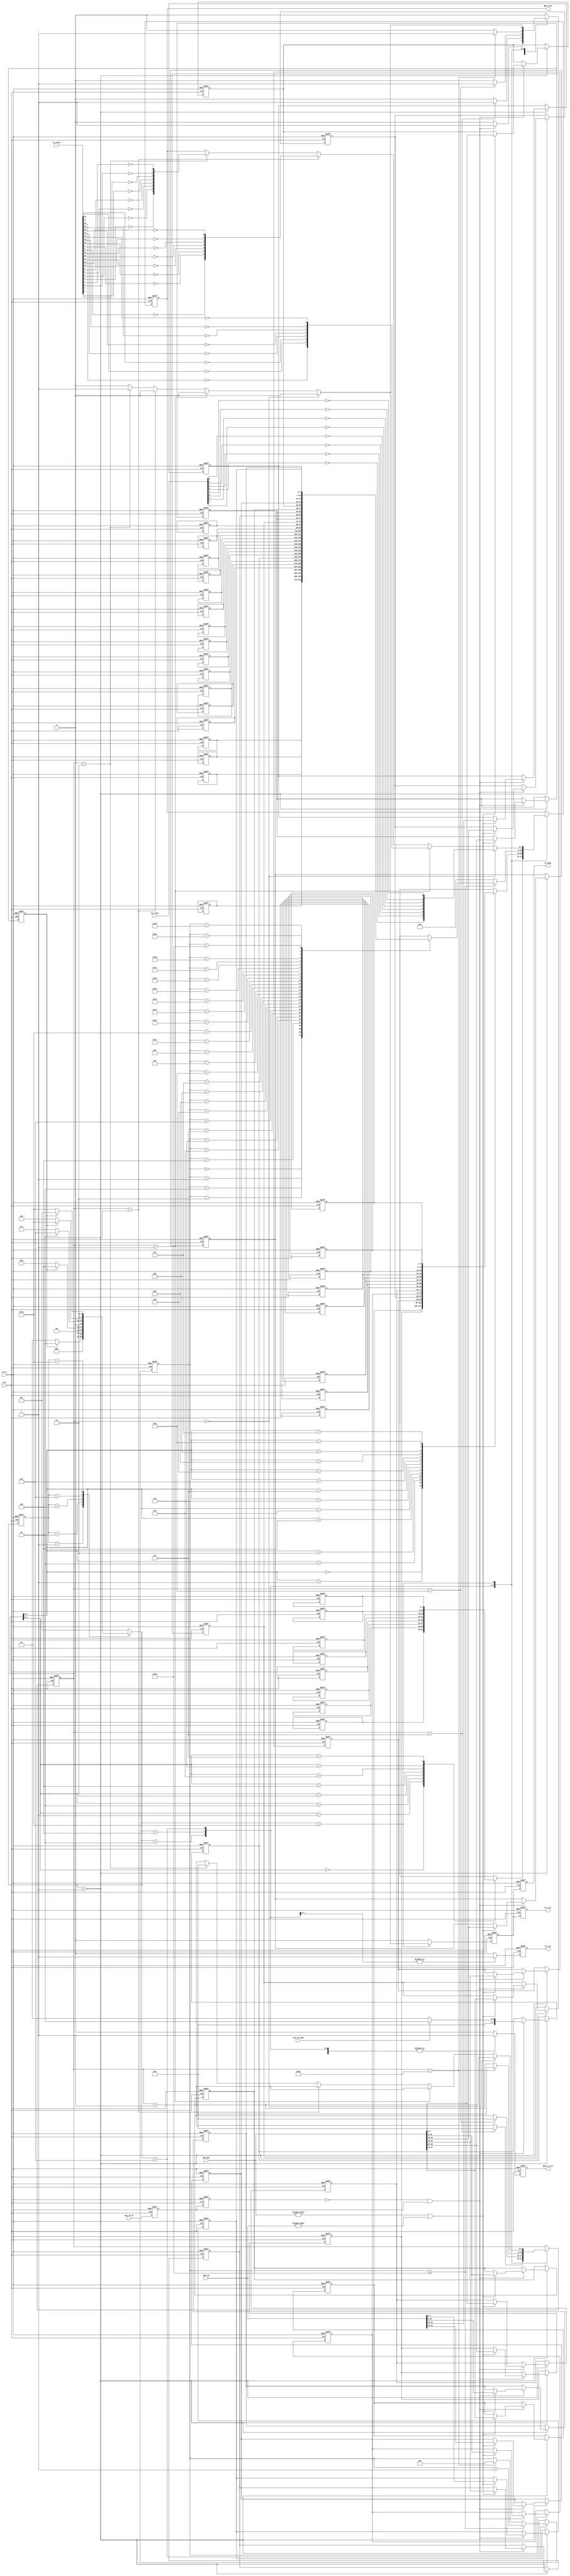
module arp_tx(
        input                clk        , //
        input                rst_n      , //
        
        input                arp_tx_en  , //ARP
        input                arp_tx_type, //ARP 0:  1:
        input        [47:0]  des_mac    , //MAC
        input        [31:0]  des_ip     , //IP
        input        [31:0]  crc_data   , //CRC
        input         [7:0]  crc_next   , //CRC
        output  reg          tx_done    , //
        output  reg          gmii_tx_en , //GMII
        output  reg  [7:0]   gmii_txd   , //GMII
        output  reg          crc_en     , //CRC
        output  reg          crc_clr      //CRC     
    );
    
       //parameter define
    //MAC 00-11-22-33-44-55
    parameter  BOARD_MAC = 48'h00_11_22_33_44_55;     
    //IP 192.168.1.10     
    parameter  BOARD_IP  = {8'd192,8'd168,8'd1,8'd10};
    //MAC ff_ff_ff_ff_ff_ff
    parameter  DES_MAC   = 48'hff_ff_ff_ff_ff_ff;
    //IP 192.168.1.102
    parameter  DES_IP    = {8'd192,8'd168,8'd1,8'd102};
    
    localparam  st_idle      = 5'b0_0001; //
    localparam  st_preamble  = 5'b0_0010; //+
    localparam  st_eth_head  = 5'b0_0100; //
    localparam  st_arp_data  = 5'b0_1000; //
    localparam  st_crc       = 5'b1_0000; //CRC
    
    localparam  ETH_TYPE     = 16'h0806 ; // ARP
    localparam  HD_TYPE      = 16'h0001 ; // 
    localparam  PROTOCOL_TYPE= 16'h0800 ; //IP
    //46,
    localparam  MIN_DATA_NUM = 16'd46   ;   
    
    reg  [4:0]  cur_state     ;
    reg  [4:0]  next_state    ;
    
    reg  [7:0]  preamble[7:0] ; //+SFD
    reg  [7:0]  eth_head[13:0]; //
    reg  [7:0]  arp_data[27:0]; //ARP
    
    reg         tx_en_d0      ; //arp_tx_en
    reg         tx_en_d1      ; 
    reg         skip_en       ; //
    reg  [5:0]  cnt           ; 
    reg  [4:0]  data_cnt      ; //
    reg         tx_done_t     ; 
                                    
    //wire define                   
    wire        pos_tx_en     ; //arp_tx_en
    
//*****************************************************
//**                    main code
//*****************************************************   
    assign      pos_tx_en = (~tx_en_d1)& tx_en_d0 ;
    
    always @(posedge clk or negedge rst_n) begin
    if(!rst_n) begin
            tx_en_d0 <= 0;
            tx_en_d1 <= 0;
    end
    else begin
           tx_en_d0 <= arp_tx_en;
           tx_en_d1 <= tx_en_d0;
    end
  end
    
    always @(posedge clk or negedge rst_n) begin
    if(!rst_n) begin
           cur_state <= st_idle;
    end
    else begin
            cur_state <= next_state;
    end
  end
    
    always @(*) begin
        next_state = st_idle;
    case(cur_state)
            st_idle :begin
                if(skip_en)
                      next_state = st_preamble;
                else
                      next_state = st_idle ;
            end
            
            st_preamble :begin
                if(skip_en)
                      next_state = st_eth_head;
                else
                      next_state = st_preamble ;
            end
            
             st_eth_head :begin
                if(skip_en)
                      next_state = st_arp_data;
                else
                      next_state = st_eth_head ;
            end
            
            st_arp_data :begin
                if(skip_en)
                      next_state = st_crc;
                else
                      next_state = st_arp_data ;
            end
            
            st_crc : begin                   //CRC
            if(skip_en)
                next_state = st_idle;
            else
                next_state = st_crc;          
             end           
           default : next_state = st_idle;
    endcase                                          
   end    
    
    always @(posedge clk or negedge rst_n) begin
    if(!rst_n) begin
        skip_en <= 1'b0; 
        cnt <= 6'd0;
        data_cnt <= 5'd0;
        crc_en <= 1'b0;
        gmii_tx_en <= 1'b0;
        gmii_txd <= 8'd0;
        tx_done_t <= 1'b0; 
        
        //    
        // 78'h55 + 18'hd5 
        preamble[0] <= 8'h55;                
        preamble[1] <= 8'h55;
        preamble[2] <= 8'h55;
        preamble[3] <= 8'h55;
        preamble[4] <= 8'h55;
        preamble[5] <= 8'h55;
        preamble[6] <= 8'h55;
        preamble[7] <= 8'hd5;
        // 
        eth_head[0] <= DES_MAC[47:40];      //MAC
        eth_head[1] <= DES_MAC[39:32];
        eth_head[2] <= DES_MAC[31:24];
        eth_head[3] <= DES_MAC[23:16];
        eth_head[4] <= DES_MAC[15:8];
        eth_head[5] <= DES_MAC[7:0];        
        eth_head[6] <= BOARD_MAC[47:40];    //MAC
        eth_head[7] <= BOARD_MAC[39:32];    
        eth_head[8] <= BOARD_MAC[31:24];    
        eth_head[9] <= BOARD_MAC[23:16];    
        eth_head[10] <= BOARD_MAC[15:8];    
        eth_head[11] <= BOARD_MAC[7:0];     
        eth_head[12] <= ETH_TYPE[15:8];     //
        eth_head[13] <= ETH_TYPE[7:0];      
        //ARP
        arp_data[0] <=  HD_TYPE[15:8];     //
        arp_data[1] <=  HD_TYPE[7:0];
        arp_data[2] <=  PROTOCOL_TYPE[15:8];   //
        arp_data[3] <=  PROTOCOL_TYPE[7:0];
        arp_data[4] <=  8'h6;       //,6
        arp_data[5] <=  8'h4;       //,4
        arp_data[6] <= 8'h00;               //OP, 8'h01ARP 8'h02:ARP
        arp_data[7] <= 8'h01;
        arp_data[8] <= BOARD_MAC[47:40];   //()MAC
        arp_data[9] <= BOARD_MAC[39:32];
        arp_data[10] <= BOARD_MAC[31:24];
        arp_data[11] <= BOARD_MAC[23:16];
        arp_data[12] <= BOARD_MAC[15:8];
        arp_data[13] <= BOARD_MAC[7:0];
        arp_data[14] <= BOARD_IP[31:24];    //()IP
        arp_data[15] <= BOARD_IP[23:16];
        arp_data[16] <= BOARD_IP[15:8];
        arp_data[17] <= BOARD_IP[7:0];
        arp_data[18] <= DES_MAC[47:40];     //()MAC
        arp_data[19] <= DES_MAC[39:32];
        arp_data[20] <= DES_MAC[31:24];
        arp_data[21] <= DES_MAC[23:16];
        arp_data[22] <= DES_MAC[15:8];
        arp_data[23] <= DES_MAC[7:0];  
        arp_data[24] <= DES_IP[31:24];      //()IP
        arp_data[25] <= DES_IP[23:16];
        arp_data[26] <= DES_IP[15:8];
        arp_data[27] <= DES_IP[7:0];
    end
    else begin    
        skip_en <= 1'b0;
        crc_en <= 1'b0;
        gmii_tx_en <= 1'b0;
        tx_done_t <= 1'b0;
        case(next_state)
              st_idle :begin
                if(pos_tx_en)begin
                     skip_en <= 1'b1;
                     //MACIP,
                    if((des_mac != 48'b0) || (des_ip != 32'd0)) begin
                        eth_head[0] <= des_mac[47:40];
                        eth_head[1] <= des_mac[39:32];
                        eth_head[2] <= des_mac[31:24];
                        eth_head[3] <= des_mac[23:16];
                        eth_head[4] <= des_mac[15:8];
                        eth_head[5] <= des_mac[7:0];  
                        arp_data[18] <= des_mac[47:40];
                        arp_data[19] <= des_mac[39:32];
                        arp_data[20] <= des_mac[31:24];
                        arp_data[21] <= des_mac[23:16];
                        arp_data[22] <= des_mac[15:8];
                        arp_data[23] <= des_mac[7:0];  
                        arp_data[24] <= des_ip[31:24];
                        arp_data[25] <= des_ip[23:16];
                        arp_data[26] <= des_ip[15:8];
                        arp_data[27] <= des_ip[7:0];
                    end
                    if(arp_tx_type == 1'b0)
                        arp_data[7] <= 8'h01;            //ARP 
                    else 
                        arp_data[7] <= 8'h02;            //ARP 
               end     
            end  
            
           st_preamble :begin
                  gmii_tx_en <= 1'b1;
                  gmii_txd <=   preamble[cnt];
                  if(cnt == 6'd7)begin
                        cnt <= 0;
                        skip_en <= 1'b1;
                  end
                  else
                        cnt <= cnt + 1'b1;
            end
            
           st_eth_head :begin
                  gmii_tx_en <= 1'b1;
                  crc_en <= 1'b1;
                  gmii_txd <=  eth_head[cnt];
                  if(cnt == 6'd13)begin
                        cnt <= 0;
                        skip_en <= 1'b1;
                  end
                  else
                        cnt <= cnt + 1'b1;
            end   
                
            st_arp_data :begin
                  gmii_tx_en <= 1'b1;
                  crc_en <= 1'b1;
                  //46
                  if(cnt == MIN_DATA_NUM - 1'b1)begin
                          skip_en <= 1'b1;
                          cnt <= 0;
                          data_cnt <= 0;  
                   end
                   else
                          cnt <= cnt + 1'b1;
                   if(data_cnt <= 6'd27)begin
                           data_cnt <= data_cnt + 1'b1;
                           gmii_txd <=  arp_data[data_cnt];
                   end
                   else
                           gmii_txd <= 8'd0;     //Padding,0
            end
            
             st_crc : begin                          //CRC        
                      gmii_tx_en <= 1'b1;
                      cnt <= cnt + 1'b1;
                     if(cnt == 6'd0)
                     gmii_txd <= {~crc_next[0], ~crc_next[1], ~crc_next[2],~crc_next[3],
                                  ~crc_next[4], ~crc_next[5], ~crc_next[6],~crc_next[7]};
                     else if(cnt == 6'd1)
                    gmii_txd <= {~crc_data[16], ~crc_data[17], ~crc_data[18],
                                 ~crc_data[19], ~crc_data[20], ~crc_data[21], 
                                 ~crc_data[22],~crc_data[23]};
                    else if(cnt == 6'd2) begin
                        gmii_txd <= {~crc_data[8], ~crc_data[9], ~crc_data[10],
                                     ~crc_data[11],~crc_data[12], ~crc_data[13], 
                                     ~crc_data[14],~crc_data[15]};                              
                    end
                    else if(cnt == 6'd3) begin
                        gmii_txd <= {~crc_data[0], ~crc_data[1], ~crc_data[2],~crc_data[3],
                                     ~crc_data[4], ~crc_data[5], ~crc_data[6],~crc_data[7]};  
                               tx_done_t <= 1'b1; 
                               skip_en <= 1'b1;
                               cnt <= 1'b0;
                     end
              end  
                    
            default :;  
        endcase     
    end    
 end       
        
   //crc
     always@(posedge clk or negedge rst_n) begin
       if(!rst_n)begin
                tx_done <= 1'b0;
                crc_clr <= 1'b0;
       end
       else begin
                tx_done <= tx_done_t;
                crc_clr <= tx_done_t;
       end
     end   
        
        
        
endmodule